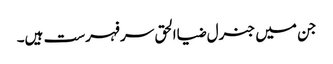
جن میں جنرل ضیاالحق سر فہرست ہیں۔